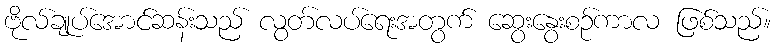
ဗိုလ်ချုပ်အောင်ဆန်းသည် လွတ်လပ်ရေးအတွက် ဆွေးနွေးစဉ်ကာလ ဖြစ်သည်။